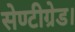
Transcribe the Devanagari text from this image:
सेण्टीग्रेड।